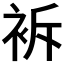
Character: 𧙝